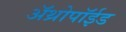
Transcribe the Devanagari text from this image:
अॅथ्रोपॉईड